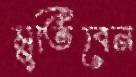
মুতিবেন